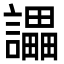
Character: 讄